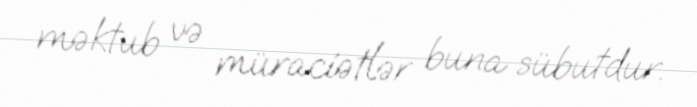
məktub və müraciətlər buna sübutdur.